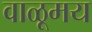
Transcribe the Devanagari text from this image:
वाळूमय